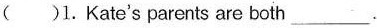
( )1.Kate's parents are both ___.